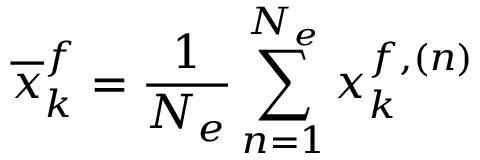
\overline { { \v x } } _ { k } ^ { f } = \frac { 1 } { N _ { e } } \sum _ { n = 1 } ^ { N _ { e } } \v x _ { k } ^ { f , ( n ) }